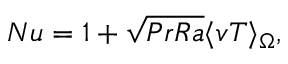
N u = 1 + \sqrt { P r R a } \langle v T \rangle _ { \Omega } ,